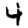
Digit: 4